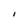
Character: I